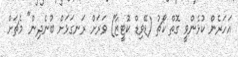
އަހަރެން ކުޅެންވީ ގޮތް ކޯޗު (ޑޭވިޑް ކޮޓީޒާ) ވަރަށް ރަނގަޅަށް ބުނެދިން" މެޗަށް